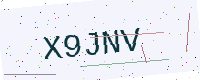
Text: X9JNV